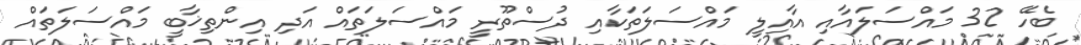
ބެހޭ 32 މައްސަލައާއި އާއިލީ މައްސަލަތަކާއި ދުސްތޫރީ މައްސަލަތައް އަދި އިންތިޚާބީ މައްސަލަތައް